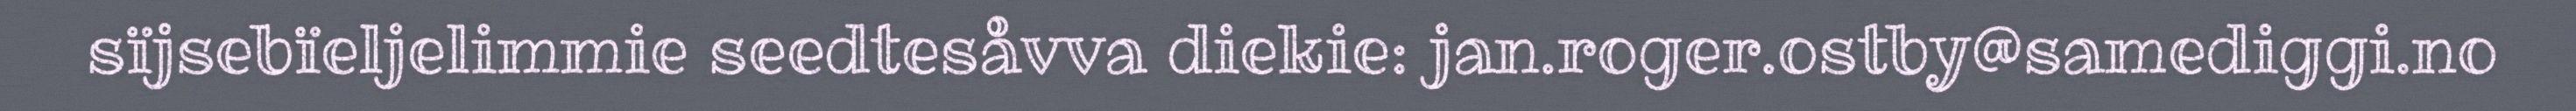
sïjsebïeljelimmie seedtesåvva diekie: jan.roger.ostby@samediggi.no